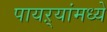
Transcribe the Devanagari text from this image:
पायऱ्यांमध्ये